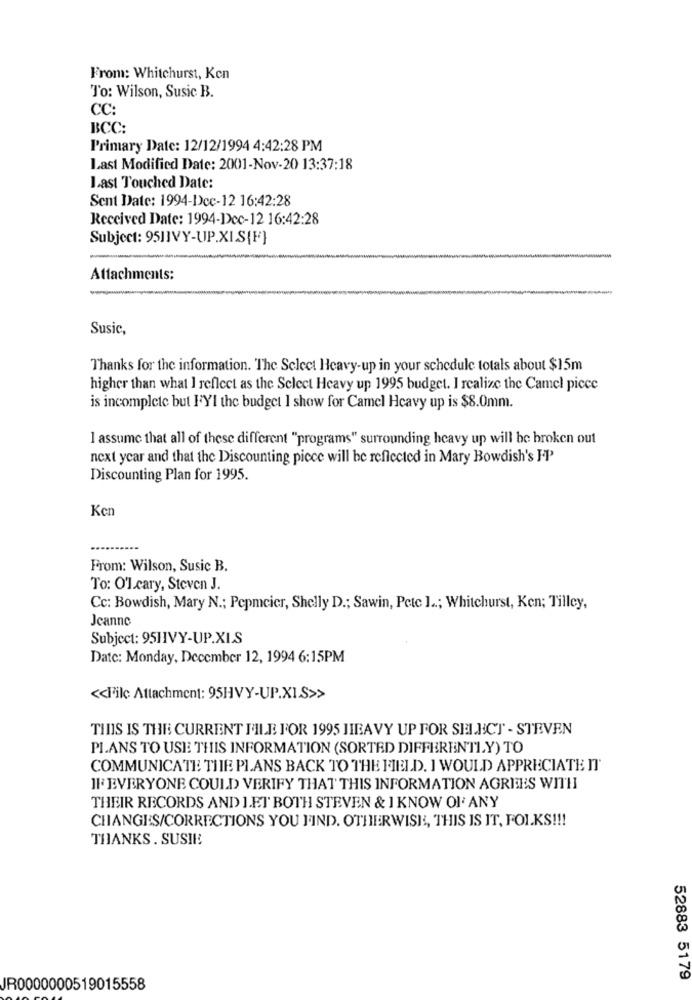
From: Whitehurst, Ken
To: Wilson, Susic B.
CC:
BCC:
Primary Date: 12/12/1994 4:42:28 PM
Last Modified Date: 2001-Nov-20 13:37:18
Last Touched Date:
Sent Date: 1994-Dec-12 16:42:28
Received Date: 1994-Dec-12 16:42:28
Subject: 9511VY-UP.XI.S{F}
Attachments:
Susic,
Thanks for the information. The Select Heavy-up in your schedule totals about $15m
higher than what I reflect as the Select Heavy up 1995 budget. I realize the Camel piece
is incomplete but FYI the budget I show for Camel Heavy up is $8.0mm.
I assume that all of these different "programs" surrounding heavy up will be broken out
next year and that the Discounting piece will be reflected in Mary Bowdish's FP
Discounting Plan for 1995.
Ken
From: Wilson, Susic B.
To: O'1.cary, Steven J.
Cc: Bowdish, Mary N .; Popmeier, Shelly D .; Sawin, Pete ] ..; Whitehurst, Ken; Tilley,
Jeanne
Subject: 95HIVY-UP.XI.S
Date: Monday, December 12, 1994 6:15PM
<< Filc Attachment: 95HVY-UP.XI.S>>
THIS IS THE CURRENT FILE FOR 1995 JIEAVY UP FOR SELECT - STEVEN
PLANS TO USE THIS INFORMATION (SORTED DIFFERENTLY) TO
COMMUNICATE THE PLANS BACK TO THE FIELD. I WOULD APPRECIATE IT
IF EVERYONE COULD VERIFY THAT THIS INFORMATION AGREES WITH
THEIR RECORDS AND J.ET BOTH STEVEN & I KNOW OF ANY
CHANGES/CORRECTIONS YOU FIND. OTHERWISE, THIS IS IT, FOLKS !!!
THANKS . SUSIE
52883 5179
JR0000000519015558